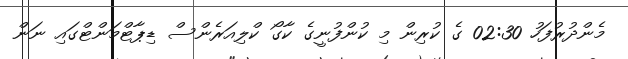
މެންދުރުފަހު 02:30 ގެ ކުރިން މި ކުންފުނީގެ ކާގޯ ކްލިއަރެންސް ޑިޕާޓްމަންޓްގައި ނަން